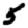
Digit: 5